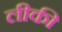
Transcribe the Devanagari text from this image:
लीकी